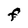
Character: F